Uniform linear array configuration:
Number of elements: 4
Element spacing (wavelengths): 1
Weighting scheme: hann
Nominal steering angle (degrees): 0
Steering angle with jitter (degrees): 0.09507
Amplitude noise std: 0.05
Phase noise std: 0.05

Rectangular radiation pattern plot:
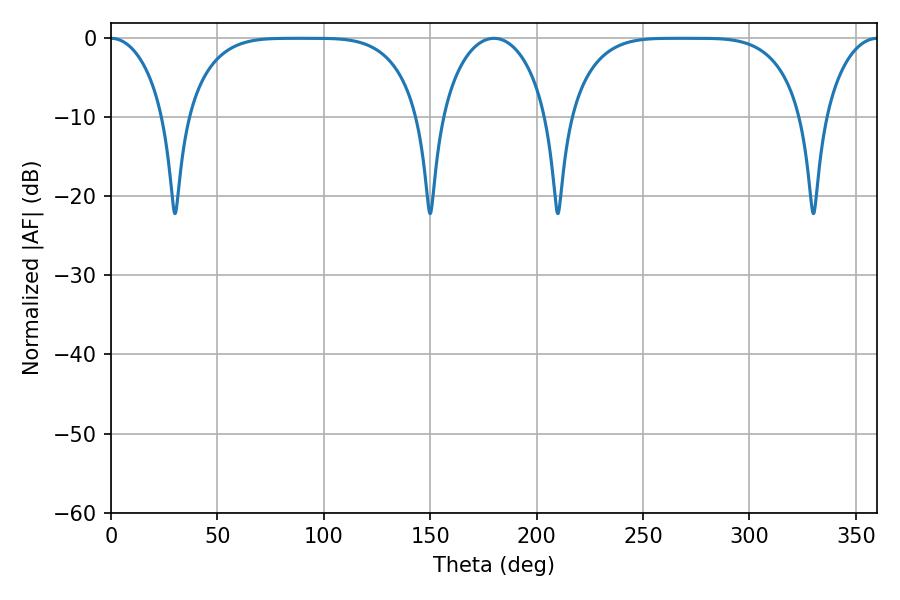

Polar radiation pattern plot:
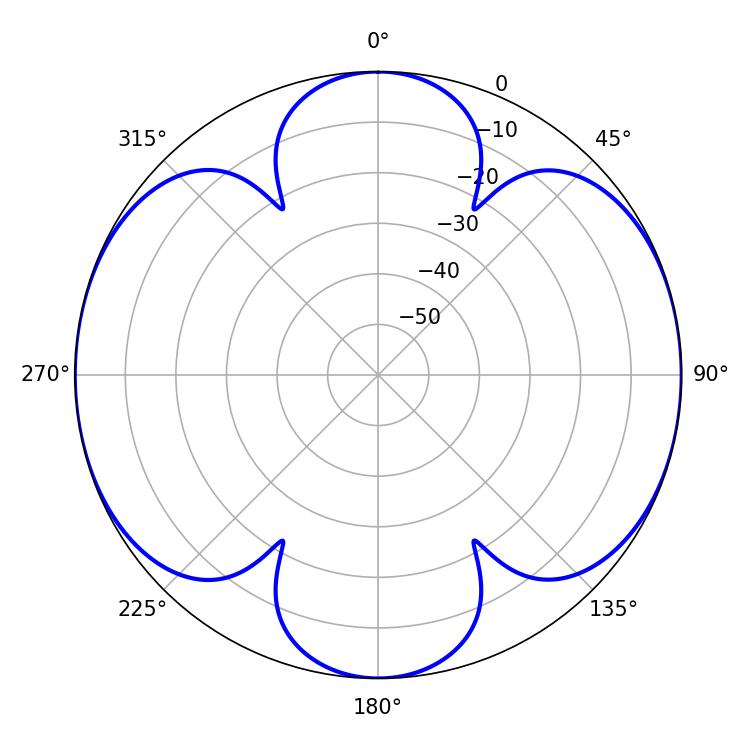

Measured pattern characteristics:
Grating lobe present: TRUE
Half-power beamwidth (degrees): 82.8
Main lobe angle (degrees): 267.84